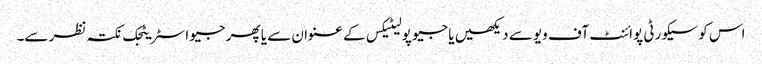
اس کو سیکورٹی پوائنٹ آف ویو سے دیکھیں یا جیو پولیٹیکس کے عنوان سے یا پھر جیو اسٹریٹجک نکتہ نظر سے۔